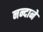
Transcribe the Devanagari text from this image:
नन्दाने